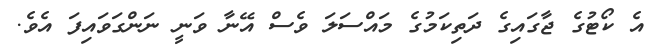
އެ ކޯޓުގެ ޖާގައިގެ ދަތިކަމުގެ މައްސަލަ ވެސް އޭނާ ވަނީ ނަންގަވައިފަ އެވެ.